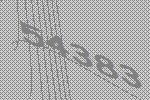
54383